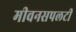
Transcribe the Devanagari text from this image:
मीवनसपलटी